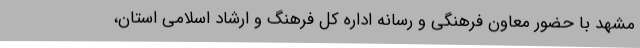
مشهد با حضور معاون فرهنگی و رسانه اداره کل فرهنگ و ارشاد اسلامی استان،